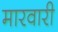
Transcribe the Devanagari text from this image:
मारवारी